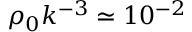
\rho _ { 0 } k ^ { - 3 } \simeq 1 0 ^ { - 2 }